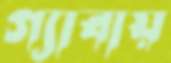
গ্যাবায়